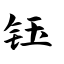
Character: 钰